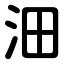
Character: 沺